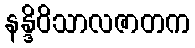
နန္ဒိဝိသာလဇာတက